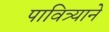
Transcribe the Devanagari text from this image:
पावित्र्याने